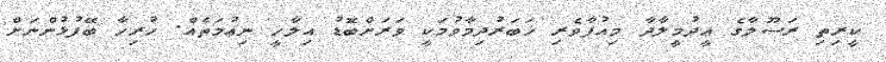
ކީރިތި ރަސޫލާގެ ޢީދުމީލާދާ މިއުފާވެރި ޚަބަރުދިމާވުމަކީ ވަރަށްބޮޑު އިލާހީ ނިޢުމަތެއް. ހުރިހާ ބޭފުޅުންނަށް